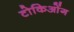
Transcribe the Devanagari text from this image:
टोकिओंग